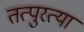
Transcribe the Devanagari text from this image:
तत्पुरत्या